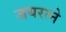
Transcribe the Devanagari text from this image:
जयरत्ने